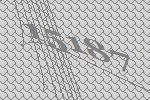
15187